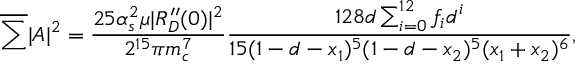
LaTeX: \nonumber \overline { { { \sum } } } | { \cal A } | ^ { 2 } = \frac { 2 5 \alpha _ { s } ^ { 2 } \mu | R _ { D } ^ { \prime \prime } ( 0 ) | ^ { 2 } } { 2 ^ { 1 5 } \pi m _ { c } ^ { 7 } } \frac { 1 2 8 d \sum _ { i = 0 } ^ { 1 2 } f _ { i } d ^ { i } } { 1 5 ( 1 - d - x _ { 1 } ) ^ { 5 } ( 1 - d - x _ { 2 } ) ^ { 5 } ( x _ { 1 } + x _ { 2 } ) ^ { 6 } } ,